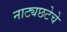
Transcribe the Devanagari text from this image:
नाट्यछटेचे